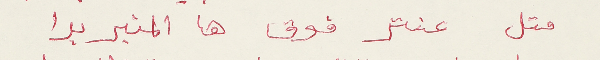
متل عنتر فوق ها المنبر بدا